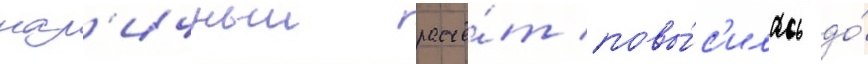
нал'ичныи расчё́т повы́с'илась до́